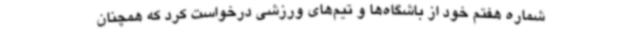
شماره هفتم خود از باشگاه‌ها و تیم‌های ورزشی درخواست کرد که همچنان